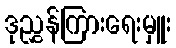
ဒုညွှန်ကြားရေးမှူး